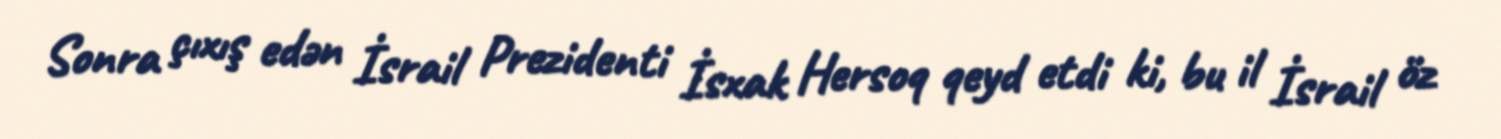
Sonra çıxış edən İsrail Prezidenti İsxak Hersoq qeyd etdi ki, bu il İsrail öz